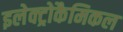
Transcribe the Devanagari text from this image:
इलेक्ट्रोकैमिकल